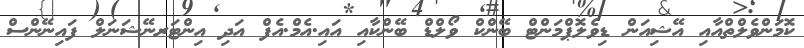
ކޮމަންވެލްތްއާއި އޭޝިއަން ޑިވެލޮޕްމަންޓް ބޭންކް ވޯލްޑް ބޭންކާއި އައި.އެމް.އެފް އަދި އިންޓަރނޭޝަނަލް ފައިނޭންސް